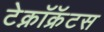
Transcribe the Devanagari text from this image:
टेक्नॉक्रॅटस